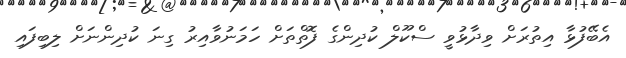
އެބޭފުޅާ އިތުރަށް ވިދާޅުވީ ސްކޫލް ކުދިންގެ ފޮތްތަށް ހަމަނުވާއިރު ގިނަ ކުދިންނަށް ލިބިފައި